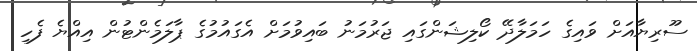
ސޫރިޔާއަށް ވައިގެ ހަމަލާދޭ ކޯލިޝަންގައި ޖަރުމަނު ބައިވުމަށް އެގައުމުގެ ޕާލަމެންޓުން އިއްޔެ ފެހި